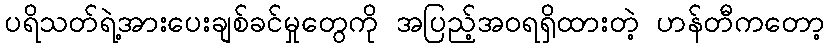
ပရိသတ်ရဲ့အားပေးချစ်ခင်မှုတွေကို အပြည့်အဝရရှိထားတဲ့ ဟန်တီကတော့